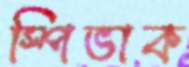
স্পিভাক